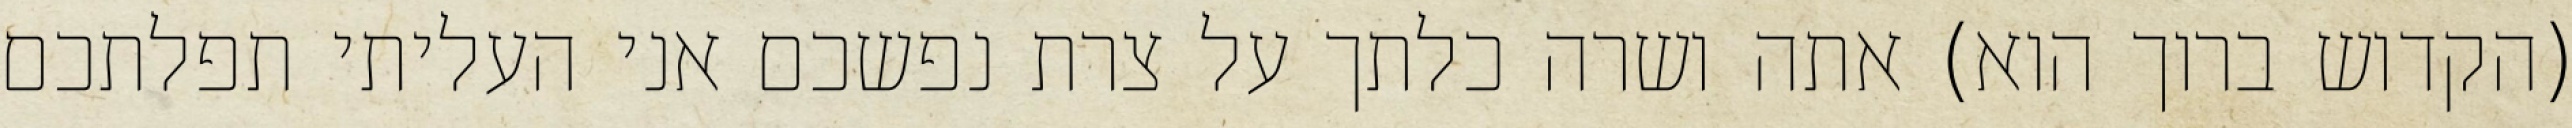
(הקדוש ברוך הוא) אתה ושרה כלתך על צרת נפשכם אני העליתי תפלתכם